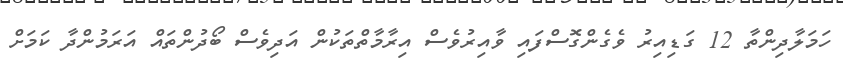
ހަމަލާދިންތާ 12 ގަޑިއިރު ވެގެންގޮސްފައި ވާއިރުވެސް އިރާމާތްތަކުން އަދިވެސް ބޯދުންތައް އަރަމުންދާ ކަމަށް